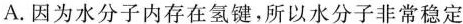
A.因为水分子内存在氢键，所以水分子非常稳定